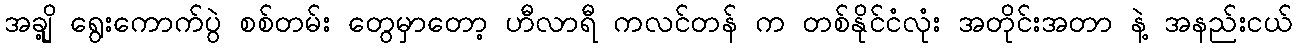
အချို့ ရွေးကောက်ပွဲ စစ်တမ်း တွေမှာတော့ ဟီလာရီ ကလင်တန် က တစ်နိုင်ငံလုံး အတိုင်းအတာ နဲ့ အနည်းငယ်